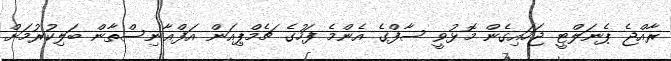
ރާއްޖެ ޕެނަލްޓީ ޖަހައިގެން މޮޅުވީ ސާފްގެ އެންމެ ފަހުގެ ޗެމްޕިއަން އަފްޣާނިސްތާން ބަލިކުރުމަށް